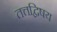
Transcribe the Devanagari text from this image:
तत्तद्विषय